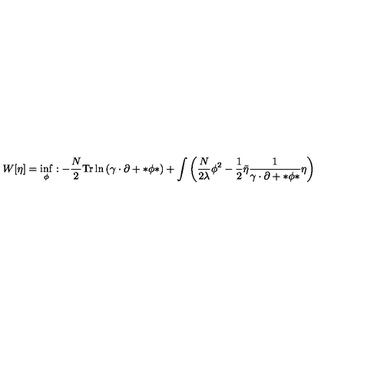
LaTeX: W [ \eta ] = \inf _ { \phi } : - \frac { N } { 2 } \mathrm { T r } \ln \left( \gamma \cdot \partial + * \phi * \right) + \int \left( \frac { N } { 2 \lambda } \phi ^ { 2 } - \frac { 1 } { 2 } \bar { \eta } \frac { 1 } { \gamma \cdot \partial + * \phi * } \eta \right)